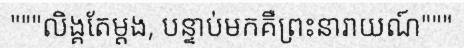
"""លិង្គតែម្តង, បន្ទាប់មកគឺព្រះនារាយណ៍"""